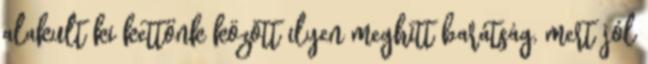
alakult ki kettőnk között ilyen meghitt barátság, mert jól